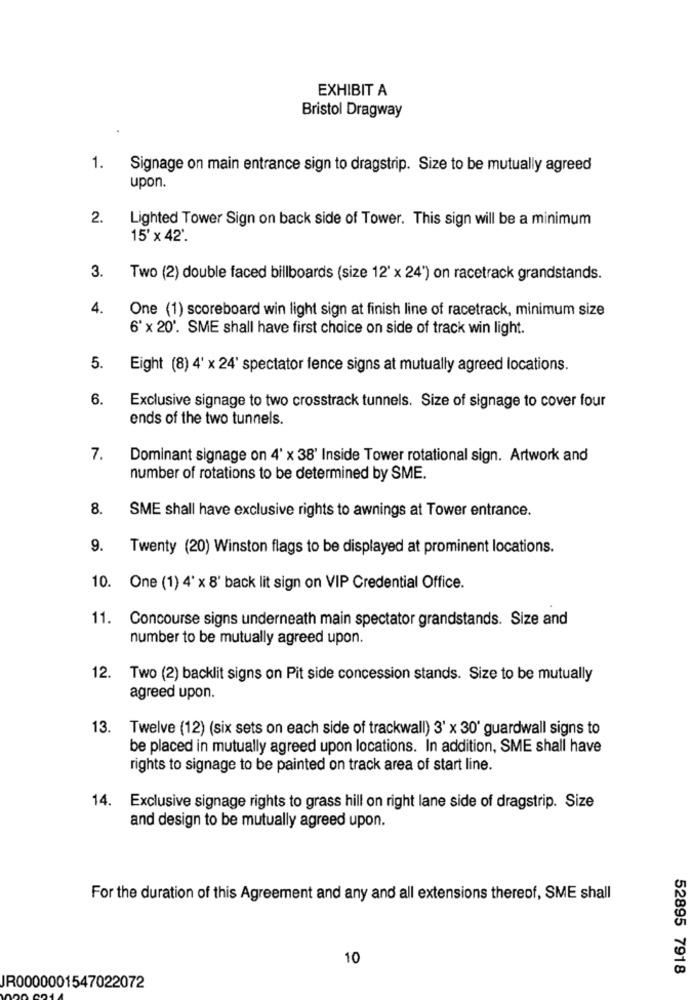
EXHIBIT A
Bristol Dragway
1.
Signage on main entrance sign to dragstrip. Size to be mutually agreed
upon.
2. Lighted Tower Sign on back side of Tower. This sign will be a minimum
15' x 42'.
3.
Two (2) double faced billboards (size 12' x 24") on racetrack grandstands.
4.
One (1) scoreboard win light sign at finish line of racetrack, minimum size
6' x 20'. SME shall have first choice on side of track win light.
5.
Eight (8) 4' x 24' spectator fence signs at mutually agreed locations.
6.
Exclusive signage to two crosstrack tunnels. Size of signage to cover four
ends of the two tunnels.
7.
Dominant signage on 4' x 38' Inside Tower rotational sign. Artwork and
number of rotations to be determined by SME.
8.
SME shall have exclusive rights to awnings at Tower entrance.
9.
Twenty (20) Winston flags to be displayed at prominent locations.
10. One (1) 4' x 8' back lit sign on VIP Credential Office.
11.
Concourse signs underneath main spectator grandstands. Size and
number to be mutually agreed upon.
12. Two (2) backlit signs on Pit side concession stands. Size to be mutually
agreed upon.
13. Twelve (12) (six sets on each side of trackwall) 3' x 30' guardwall signs to
be placed in mutually agreed upon locations. In addition, SME shall have
rights to signage to be painted on track area of start line.
14. Exclusive signage rights to grass hill on right lane side of dragstrip. Size
and design to be mutually agreed upon.
For the duration of this Agreement and any and all extensions thereof, SME shall
10
52895 7918
JR0000001547022072